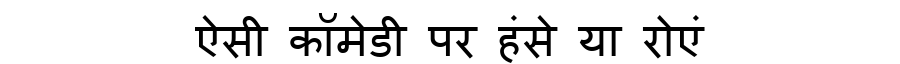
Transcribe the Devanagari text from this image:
ऐसी कॉमेडी पर हंसे या रोएं